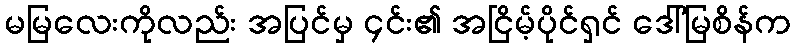
မမြလေးကိုလည်း အပြင်မှ ၄င်း၏ အငြိမ့်ပိုင်ရှင် ဒေါ်မြစိန်က